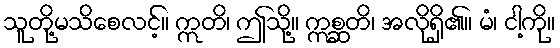
သူတို့မသိစေလင့်။ ဣတိ၊ ဤသို့။ ဣစ္ဆတိ၊ အလိုရှိ၏။ မံ၊ ငါ့ကို။